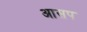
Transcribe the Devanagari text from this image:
आसप